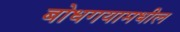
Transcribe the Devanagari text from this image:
बोधगयामधील